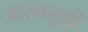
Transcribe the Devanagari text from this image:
आत्मसुद्दी